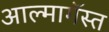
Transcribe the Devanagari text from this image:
आल्मागॅस्त